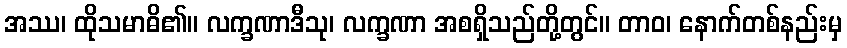
အဿ၊ ထိုသမာဓိ၏။ လက္ခဏာဒီသု၊ လက္ခဏာ အစရှိသည်တို့တွင်။ တာဝ၊ နောက်တစ်နည်းမှ